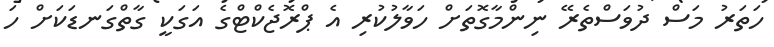
ހަތަރު މަސް ދުވަސްތެރޭ ނިންމާގޮތަށް ހަވާލުކުރި އެ ޕްރޮޖެކްޓްގެ އަގަކީ ގާތްގަނޑަކަށް ހަ